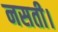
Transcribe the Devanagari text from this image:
नसती।